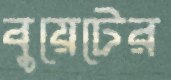
বুয়েটের